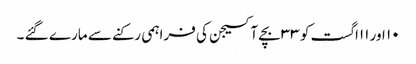
۱۰ اور ۱۱اگست کو ۳۳ بچے آکسیجن کی فراہمی رکنے سے مارے گئے ۔